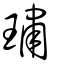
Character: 璛